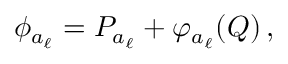
\phi _ { a _ { \ell } } = P _ { a _ { \ell } } + \varphi _ { a _ { \ell } } ( Q ) \, ,